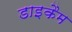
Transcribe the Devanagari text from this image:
डाइकैम